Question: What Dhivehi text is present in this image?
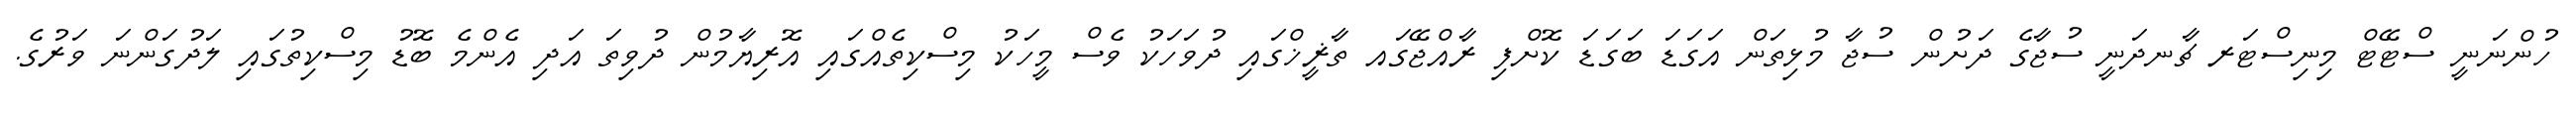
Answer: ހުންނަނީ ސްޓޭޓް މިނިސްޓަރ ޗާނދަނީ ސުޖާގެ ދަށުން ސުޖާ މުޅިތަން އަގަޑަ ބަގަޑަ ކޮށްފި ރާއްޖޭގައ ތާޜީޚްގައި ދުވަހަކު ވެސް މީހަކު މިސްކިތެއްގައި އޮރިޔާމުން ދުވިތަ އަދި އެންމެ ބޮޑު މިސްކިތުގައި ލަދުގަންނަ ވަރުގެ.